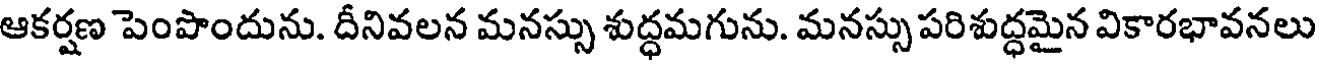
ఆకర్షణ పెంపొందును. దీనివలన మనస్సు శుద్ధమగును. మనస్సు పరిశుద్ధమైన వికారభావనలు